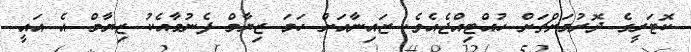
ކޮޓަރީގެ ދޮރުމަށްޗަށް ހުއްޓިއްޖެއެވެ. ޒައިނާއަށް ހަމަ ޒިޔާމް ފެނުމާއެކު ޒިޔާމް އެ އައީ